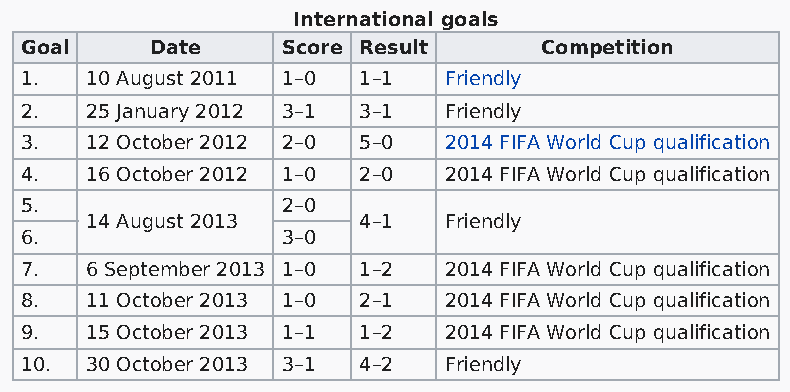
International goals
 Goal     Date     Score Result     Competition
 1.   10 August 2011 1–0 1–1 Friendly
 2.   25 January 2012 3–1 3–1 Friendly
 3.   12 October 2012 2–0 5–0 2014 FIFA World Cup qualification
 4.   16 October 2012 1–0 2–0 2014 FIFA World Cup qualification
 5.                2–0
 14 August 2013    4–1  Friendly
 6.                3–0
 7.   6 September 2013 1–0 1–2 2014 FIFA World Cup qualification
 8.   11 October 2013 1–0 2–1 2014 FIFA World Cup qualification
 9.   15 October 2013 1–1 1–2 2014 FIFA World Cup qualification
 10.  30 October 2013 3–1 4–2 Friendly